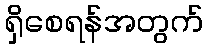
ရှိစေရန်အတွက်